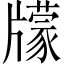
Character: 𤘁